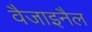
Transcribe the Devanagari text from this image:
वैजाइनैल